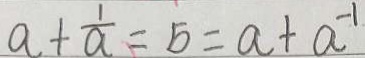
a + \frac { 1 } { a } = 5 = a + a ^ { - 1 }